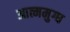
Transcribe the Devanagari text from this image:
आत्ममुग्ध